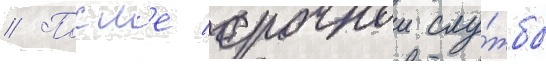
// Посл'е срочнои слу́жбы